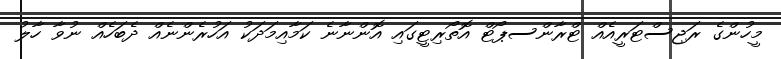
މީހުންގެ ރަޖިސްޓަރީއެއް ޓްރާންސޕޯޓް އޮތޯރިޓީގައި އޮންނާނެ ކަމާއިމަދަކު އަހުރެންނެއް ދެބަހެއް ނުވާ ހާލު